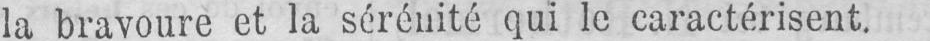
la bravoure et la sérénité qui le caractérisent.